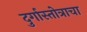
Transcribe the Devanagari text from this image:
दुर्गास्तोत्राचा